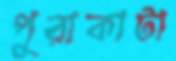
পুরাকাটা